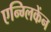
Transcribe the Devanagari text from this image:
एन्ग्लिकेंन